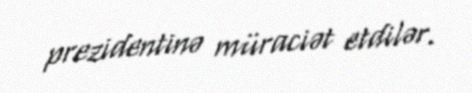
prezidentinə müraciət etdilər.